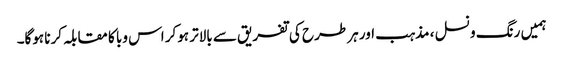
ہمیں رنگ و نسل ، مذہب اور ہر طرح کی تفریق سے بالاتر ہوکر اس وبا کا مقابلہ کرنا ہوگا۔